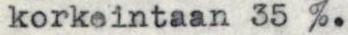
korkeintaan 35 %.